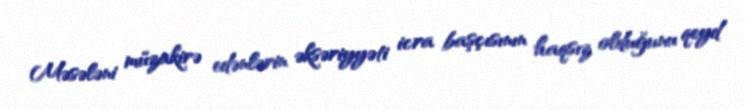
Məsələni müzakirə edənlərin əksəriyyəti icra başçısının haqsız olduğunu qeyd